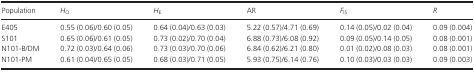
<table><thead><tr><td><b>Population</b></td><td><b><i>H</i><sub>O</sub></b></td><td><b><i>H</i><sub>E</sub></b></td><td><b>AR</b></td><td><b><i>F</i><sub>IS</sub></b></td><td><b><i>R</i></b></td></tr></thead><tbody><tr><td>E405</td><td>0.55 (0.06)/0.60 (0.05)</td><td>0.64 (0.04)/0.63 (0.03)</td><td>5.22 (0.57)/4.71 (0.69)</td><td>0.14 (0.05)/0.02 (0.04)</td><td>0.09 (0.004)</td></tr><tr><td>S101</td><td>0.65 (0.06)/0.61 (0.05)</td><td>0.73 (0.02)/0.70 (0.04)</td><td>6.88 (0.73)/6.08 (0.92)</td><td>0.09 (0.05)/0.14 (0.05)</td><td>0.08 (0.001)</td></tr><tr><td>N101-B/DM</td><td>0.72 (0.03)/0.64 (0.06)</td><td>0.73 (0.03)/0.70 (0.06)</td><td>6.84 (0.62)/6.21 (0.80)</td><td>0.01 (0.02)/0.08 (0.03)</td><td>0.08 (0.001)</td></tr><tr><td>N101-PM</td><td>0.61 (0.04)/0.65 (0.05)</td><td>0.68 (0.03)/0.71 (0.05)</td><td>5.93 (0.75)/6.14 (0.76)</td><td>0.10 (0.03)/0.03 (0.03)</td><td>0.09 (0.003)</td></tr></tbody></table>